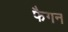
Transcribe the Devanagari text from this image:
फैगन